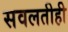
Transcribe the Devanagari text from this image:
सवलतीही